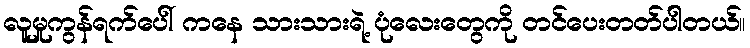
လူမှုကွန်ရက်ပေါ် ကနေ သားသားရဲ့ ပုံလေးတွေကို တင်ပေးတတ်ပါတယ်။